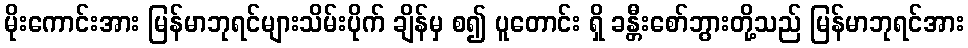
မိုးကောင်းအား မြန်မာဘုရင်များသိမ်းပိုက် ချိန်မှ စ၍ ပူတောင်း ရှိ ခန္တီးစော်ဘွားတို့သည် မြန်မာဘုရင်အား